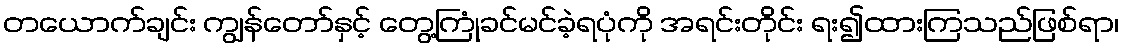
တယောက်ချင်း ကျွန်တော်နှင့် တွေ့ကြုံခင်မင်ခဲ့ရပုံကို အရင်းတိုင်း ရး၍ထားကြသည်ဖြစ်ရာ၊